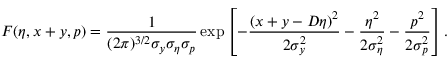
F ( \eta , x + y , p ) = \frac { 1 } { ( 2 \pi ) ^ { 3 / 2 } \sigma _ { y } \sigma _ { \eta } \sigma _ { p } } \exp \left[ - \frac { ( x + y - D \eta ) ^ { 2 } } { 2 \sigma _ { y } ^ { 2 } } - \frac { \eta ^ { 2 } } { 2 \sigma _ { \eta } ^ { 2 } } - \frac { p ^ { 2 } } { 2 \sigma _ { p } ^ { 2 } } \right] .